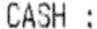
CASH :